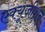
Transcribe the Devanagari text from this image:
एक्यूजीशन